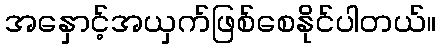
အနှောင့်အယှက်ဖြစ်စေနိုင်ပါတယ်။